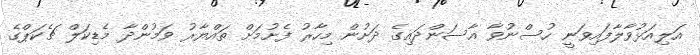
އަލިއަޅުވާލާފައިވަނީ ހުސްނުވާ އާސަންދައިގެ ދަށުން މިހާރު ފެށުމަށް ތައްޔާރު ވަމުންދާ މެޑިކަލް ޗެކަޕްގެ